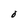
Character: O